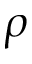
\rho